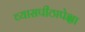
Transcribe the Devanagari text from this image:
व्यासपीठापेक्षा